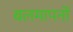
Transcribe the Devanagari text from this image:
बलमापनों